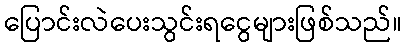
ပြောင်းလဲပေးသွင်းရငွေများဖြစ်သည်။